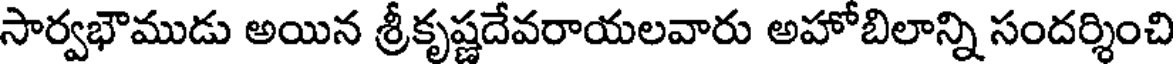
సార్వభౌముడు అయిన శ్రీకృష్ణదేవరాయలవారు అహోబిలాన్ని సందర్శించి